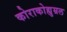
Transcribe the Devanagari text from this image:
कोराकोह्युम्रल